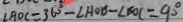
\angle A O C = 3 6 0 ^ { \circ } - \angle A O B - \angle B O C = 9 0 ^ { \circ }